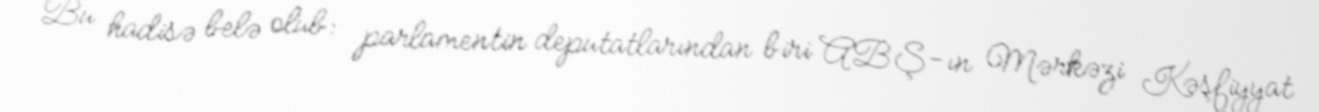
Bu hadisə belə olub: parlamentin deputatlarından biri ABŞ-ın Mərkəzi Kəşfiyyat